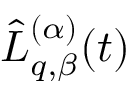
\hat { L } _ { q , \beta } ^ { ( \alpha ) } ( t )